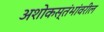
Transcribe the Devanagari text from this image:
अशोकस्तंभांवरील